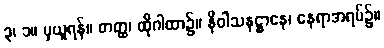
၃၊ ၁။ မှယူရန်။ တတ္ထ၊ ထိုဂါထာ၌။ နိဝါသနဋ္ဌာနေ၊ နေရာအရပ်၌။